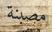
مصبنة